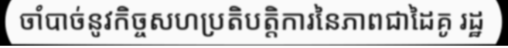
ចាំបាច់នូវកិច្ចសហប្រតិបត្តិការនៃភាពជាដៃគូ រដ្ឋ